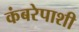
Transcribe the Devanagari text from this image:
कंबरेपाशी